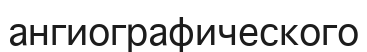
ангиографического